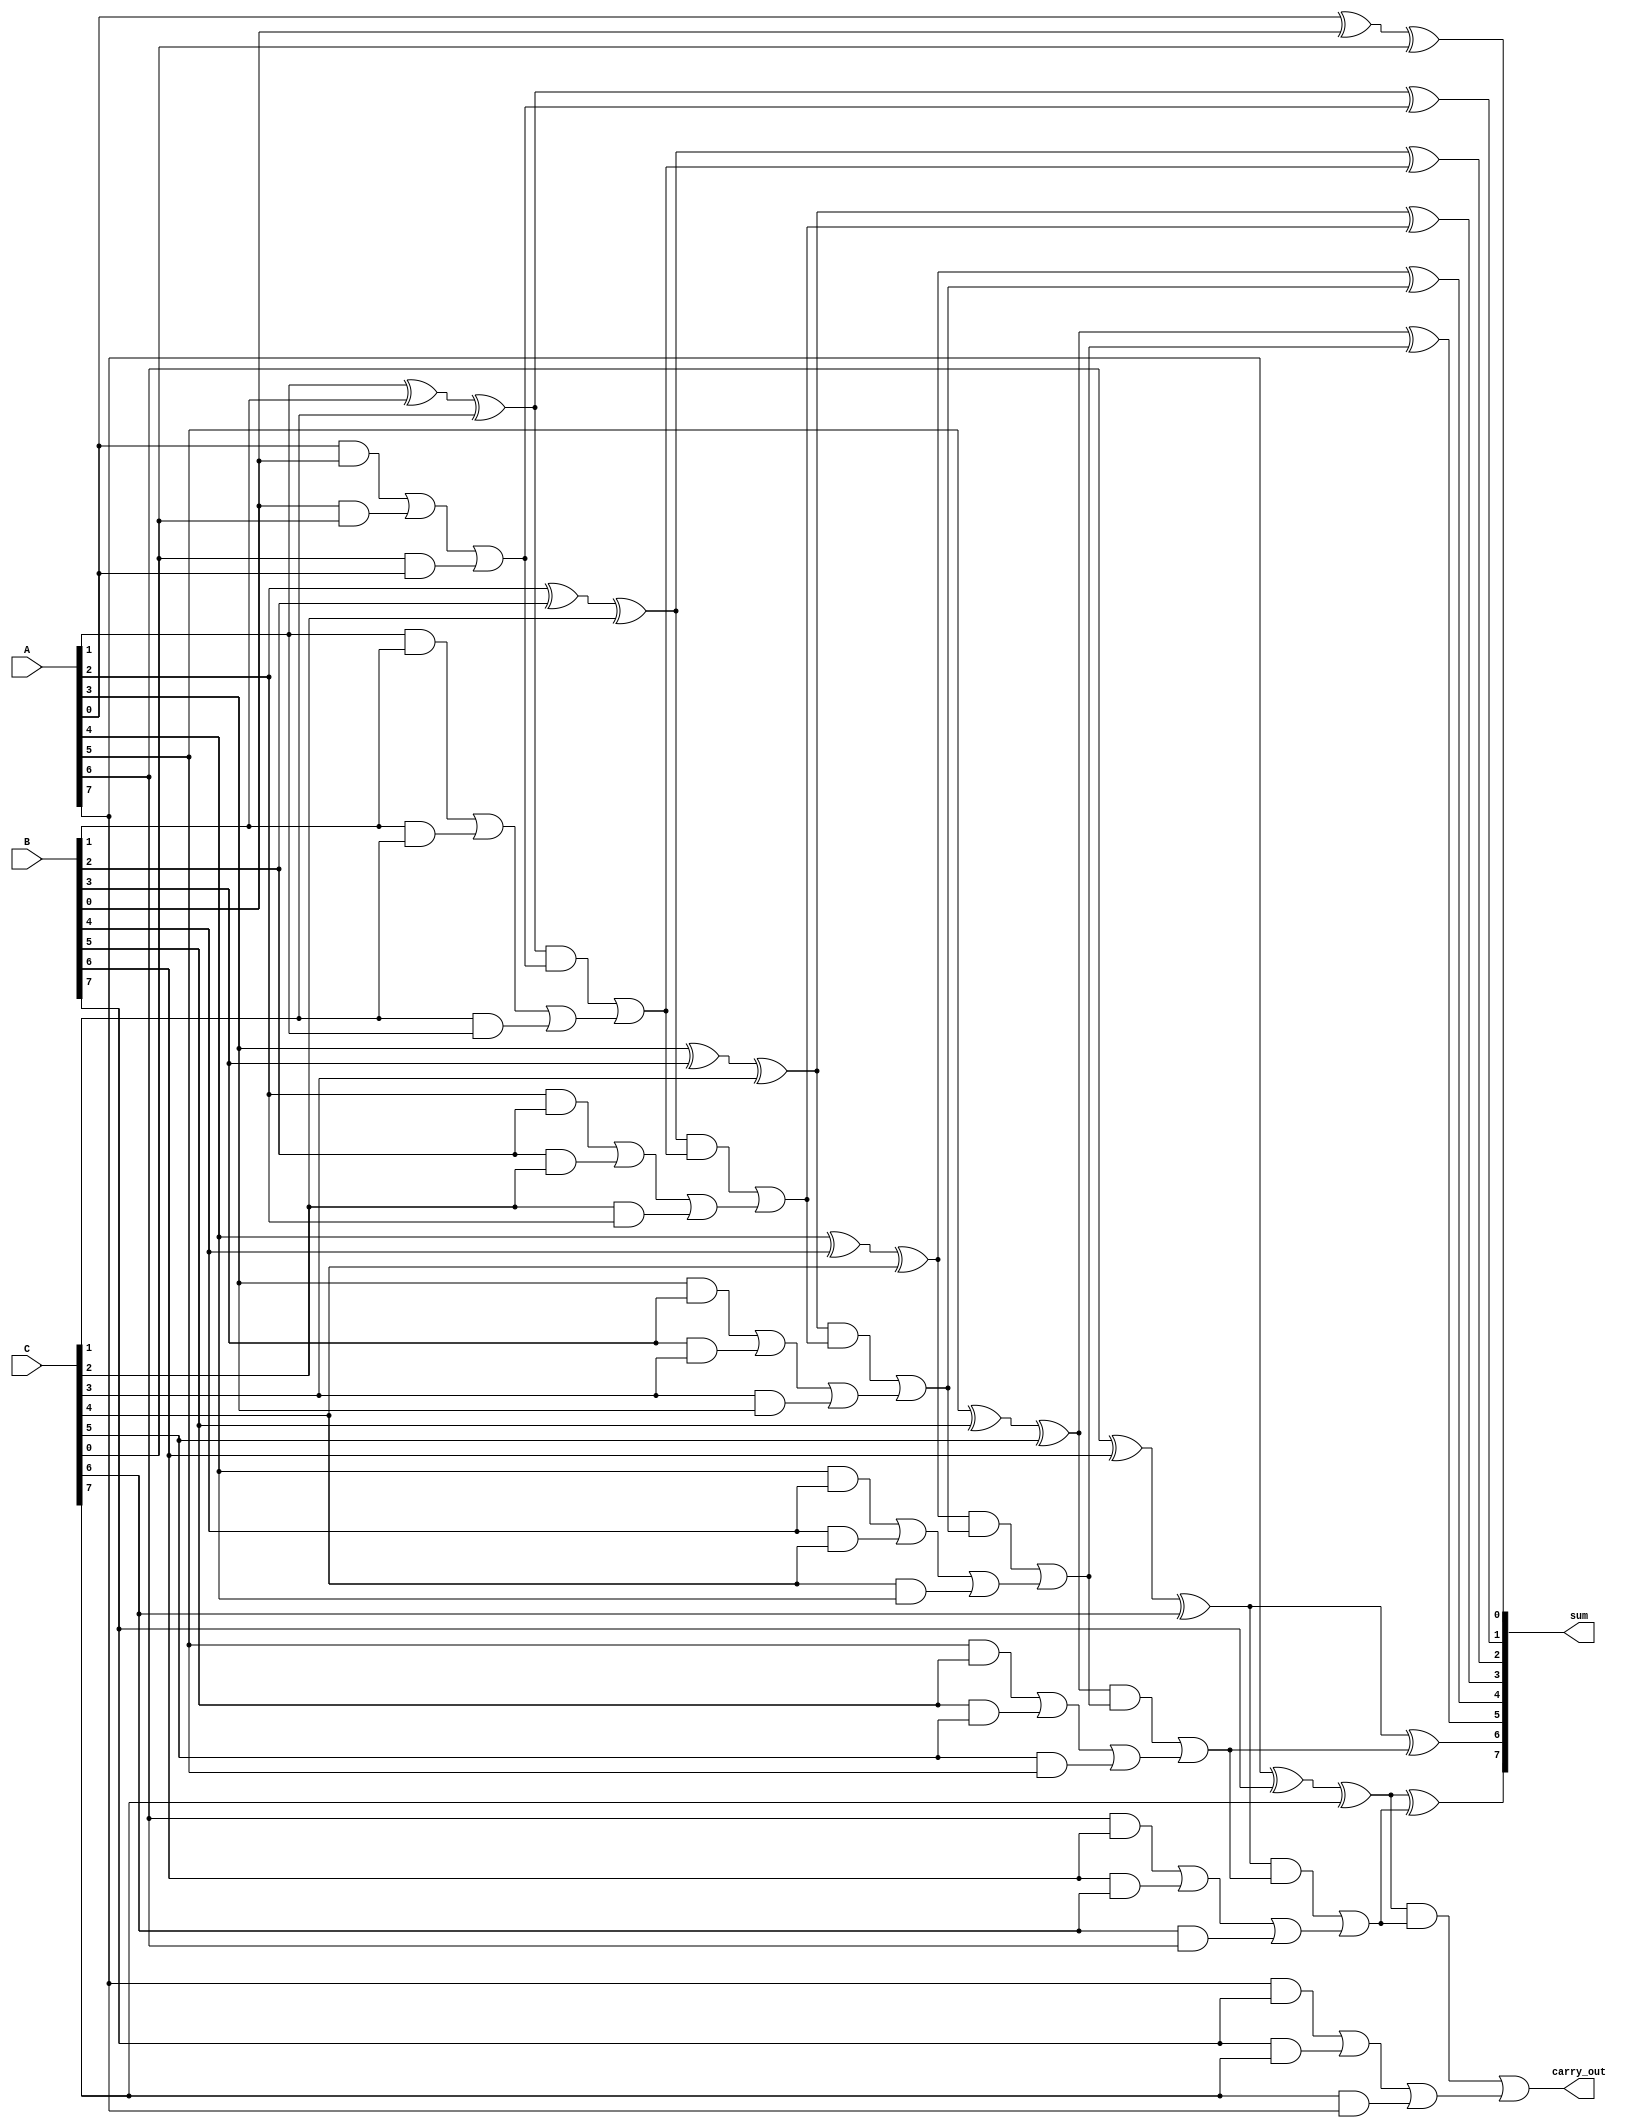
module carry_save_adder #(
    parameter N = 8  // Bit width of the inputs
)(
    input  [N-1:0] A,  // First operand
    input  [N-1:0] B,  // Second operand
    input  [N-1:0] C,  // Third operand
    output [N-1:0] sum, // Final sum output
    output carry_out     // Final carry output
);

    // Intermediate signals for partial sums and carries
    wire [N-1:0] partial_sum;
    wire [N-1:0] carry;

    // Generate partial sums and carries
    genvar i;
    generate
        for (i = 0; i < N; i = i + 1) begin : CSA
            assign partial_sum[i] = A[i] ^ B[i] ^ C[i]; // Partial sum
            assign carry[i] = (A[i] & B[i]) | (B[i] & C[i]) | (C[i] & A[i]); // Carry
        end
    endgenerate

    // Reduction tree to combine partial sums and carries
    wire [N-1:0] final_sum;
    wire [N:0] final_carry; // Extra bit for carry out

    // Initialize final_carry
    assign final_carry[0] = 0; // No initial carry-in

    // Full adder tree
    generate
        for (i = 0; i < N; i = i + 1) begin : FullAdderTree
            if (i == 0) begin
                // First level of full adders
                assign final_sum[i] = partial_sum[i] ^ final_carry[i];
                assign final_carry[i + 1] = (partial_sum[i] & final_carry[i]) | carry[i];
            end else begin
                // Subsequent levels of full adders
                assign final_sum[i] = partial_sum[i] ^ final_carry[i];
                assign final_carry[i + 1] = (partial_sum[i] & final_carry[i]) | carry[i];
            end
        end
    endgenerate

    // Final output assignments
    assign sum = final_sum;
    assign carry_out = final_carry[N];

endmodule